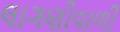
લાગણીવાળી